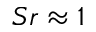
S r \approx 1